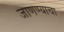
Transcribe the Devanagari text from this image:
जाणण्याचा